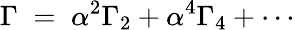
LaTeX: \Gamma\; =\; \alpha^{2}\Gamma_{2}+\alpha^{4}\Gamma_{4}+\cdots